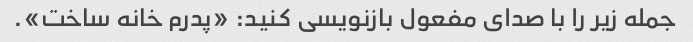
جمله زیر را با صدای مفعول بازنویسی کنید: «پدرم خانه ساخت».